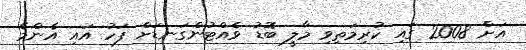
އަށް 2008 ގައި ކުރިމަތިިވި މާލީ ބޮޑު ވެއްޓުންގަނޑަށް ފަހު އައި އެންމެ